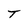
Character: T